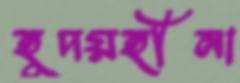
হূদয়হীনা